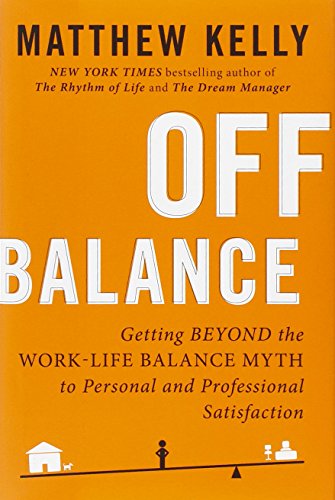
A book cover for Off Balance: Getting Beyond the Work-Life Balance Myth to Personal and Professional Satisfact ion; Matthew Kelly; Business & Money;